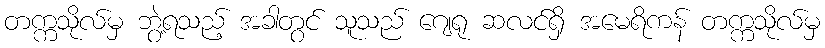
တက္ကသိုလ်မှ ဘွဲ့ရသည့် အခါတွင် သူသည် ဂျေရု ဆလင်ရှိ အမေရိကန် တက္ကသိုလ်မှ